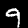
Digit: 9